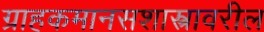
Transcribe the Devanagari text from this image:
ग्राहकमानसशास्त्रावरील